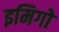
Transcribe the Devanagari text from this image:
इमिगो